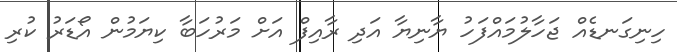
ހިނިގަނޑެއް ޖަހާލުމައްފަހު ޔާނިޔާ އަދި ރާއިފް އަށް މަރުހަބާ ކިޔަމުން އޯޑަރު ކުރި